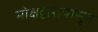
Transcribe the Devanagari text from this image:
मोक्षद्वारापासून